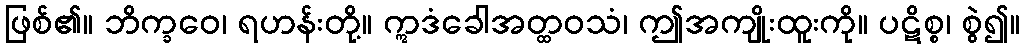
ဖြစ်၏။ ဘိက္ခဝေ၊ ရဟန်းတို့။ ဣဒံခေါအတ္ထဝသံ၊ ဤအကျိုးထူးကို။ ပဋိစ္စ၊ စွဲ၍။